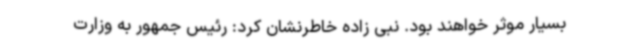
بسیار موثر خواهند بود. نبی زاده خاطرنشان کرد: رئیس جمهور به وزارت